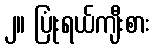
၂။ ပြုံးရယ်ကျီးစား